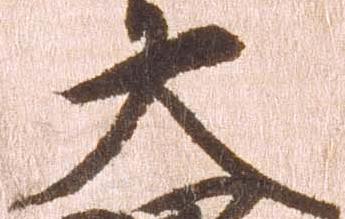
大